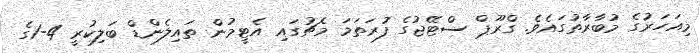
މިއަހަރުގެ މުބާރާތުގައެވެ. ގްރޫޕް ސްޓޭޖުގެ ފުރަތަމަ މެޗުގައި އެޓީމުން ތައިލެންޑް ބަލިކުރީ 4-1ގެ